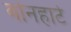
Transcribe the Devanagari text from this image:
बोनहार्ट